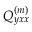
Q _ { y x x } ^ { ( m ) }